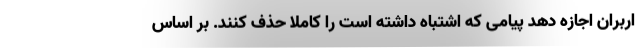
اربران اجازه دهد پیامی که اشتباه داشته است را کاملا حذف کنند. بر اساس